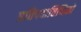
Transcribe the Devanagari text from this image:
प्रतिपदातिथिको